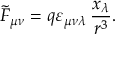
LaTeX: \tilde { F } _ { \mu \nu } = q \varepsilon _ { \mu \nu \lambda } \, \frac { x _ { \lambda } } { r ^ { 3 } } .